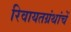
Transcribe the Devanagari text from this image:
रिवायतग्रंथांचें